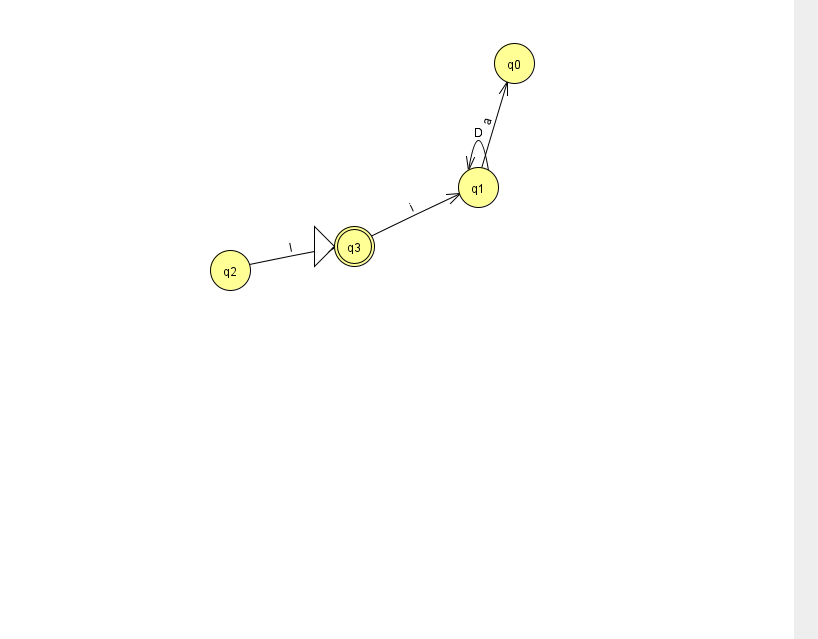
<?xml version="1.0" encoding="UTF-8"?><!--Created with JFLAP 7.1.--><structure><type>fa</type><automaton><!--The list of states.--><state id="0" name="q0"><x>514.0</x><y>50.0</y></state><state id="1" name="q1"><x>478.0</x><y>174.0</y></state><state id="2" name="q2"><x>230.0</x><y>257.0</y></state><state id="3" name="q3"><x>354.0</x><y>233.0</y><initial/><final/></state><!--The list of transitions.--><transition><from>1</from><to>0</to><read>a</read></transition><transition><from>2</from><to>3</to><read>I</read></transition><transition><from>1</from><to>1</to><read>D</read></transition><transition><from>3</from><to>1</to><read>i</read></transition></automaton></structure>